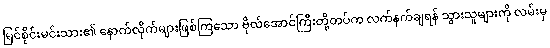
မြင်စိုင်းမင်းသား၏ နောက်လိုက်များဖြစ်ကြသော ဗိုလ်အောင်ကြီးတို့တပ်က လက်နက်ချရန် သွားသူများကို လမ်းမှ